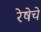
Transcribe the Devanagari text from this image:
रेषेचे